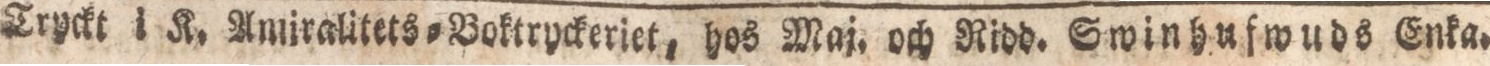
Tryckt i K. Amiralitets=Boktryckeriet, hos Maj, och Ridd. Swinhufwuds Enka.